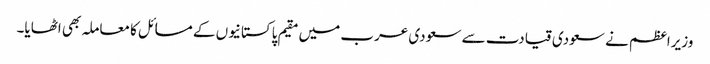
وزیراعظم نے سعودی قیادت سے سعودی عرب میں مقیم پاکستانیوں کے مسائل کا معاملہ بھی اٹھایا۔